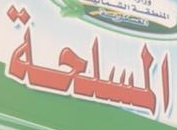
المسلحة